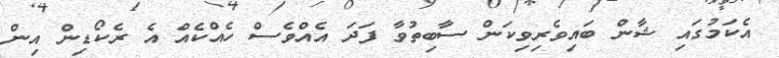
އެކަމުގައި ޝާން ބައިވެރިވިކަން ސާބިތުވާ ފަދަ އެއްވެސް ހެއްކެއް އެ ރެކޯޑިން އިން